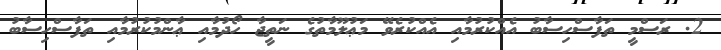
2. ރަސްމީ ތަފާސްހިސާބު އެއްކުރުމާއި އެއްކުރެވޭ މަޢުލޫމާތުގެ ނަތީޖާ ހޯދުމާއި ޢާންމުކުރުމާއި ތަފާސްހިސާބު